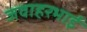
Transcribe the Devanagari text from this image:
जवाहरभाई